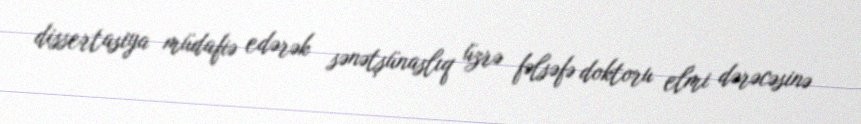
dissertasiya müdafiə edərək sənətşünaslıq üzrə fəlsəfə doktoru elmi dərəcəsinə